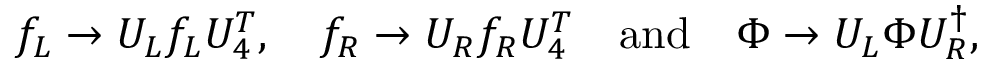
f _ { L } \to U _ { L } f _ { L } U _ { 4 } ^ { T } , \quad f _ { R } \to U _ { R } f _ { R } U _ { 4 } ^ { T } \quad \mathrm { a n d } \quad \Phi \to U _ { L } \Phi U _ { R } ^ { \dagger } ,